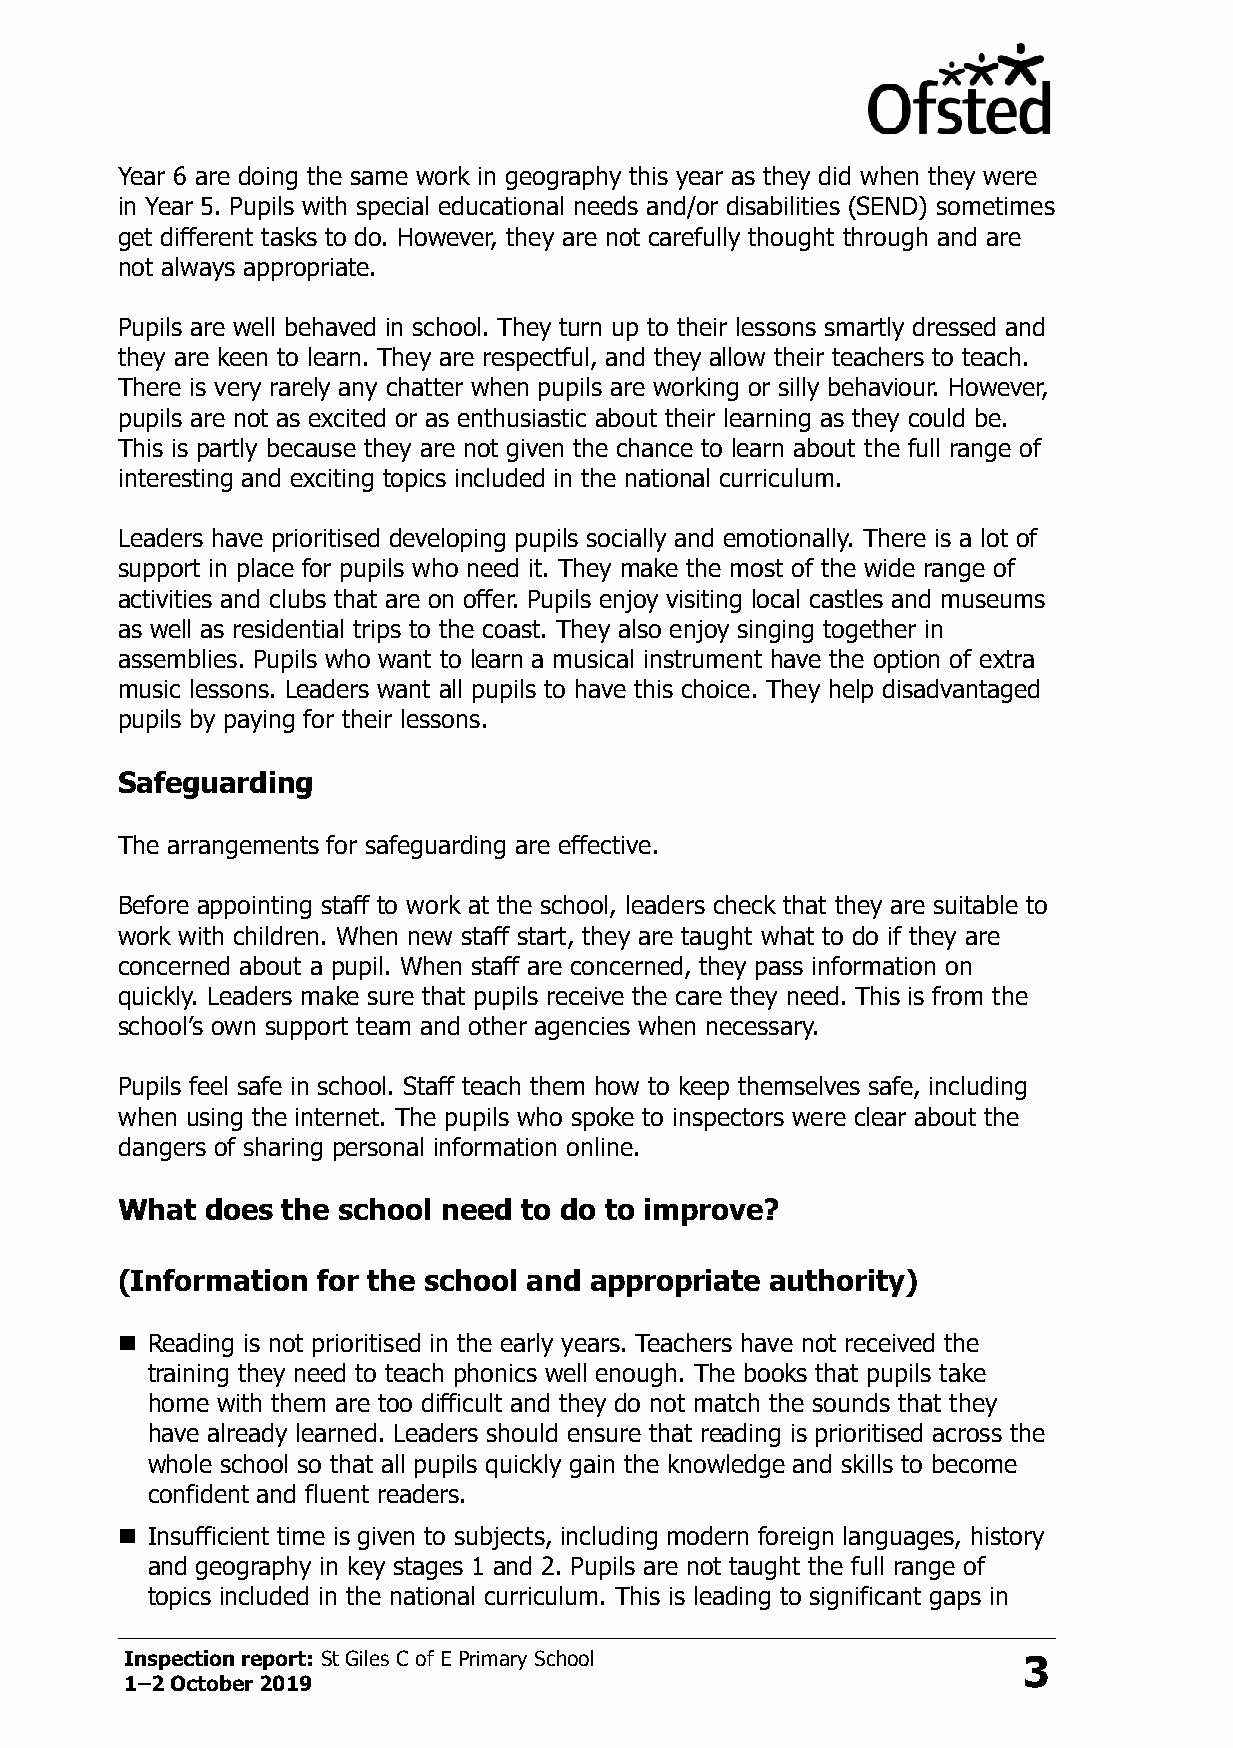
Year 6 are doing the same work in geography this year as they did when they were
 in Year 5. Pupils with special educational needs and/or disabilities (SEND) sometimes
 get different tasks to do. However, they are not carefully thought through and are
 not always appropriate.
 Pupils are well behaved in school. They turn up to their lessons smartly dressed and
 they are keen to learn. They are respectful, and they allow their teachers to teach.
 There is very rarely any chatter when pupils are working or silly behaviour. However,
 pupils are not as excited or as enthusiastic about their learning as they could be.
 This is partly because they are not given the chance to learn about the full range of
 interesting and exciting topics included in the national curriculum.
 Leaders have prioritised developing pupils socially and emotionally. There is a lot of
 support in place for pupils who need it. They make the most of the wide range of
 activities and clubs that are on offer. Pupils enjoy visiting local castles and museums
 as well as residential trips to the coast. They also enjoy singing together in
 assemblies. Pupils who want to learn a musical instrument have the option of extra
 music lessons. Leaders want all pupils to have this choice. They help disadvantaged
 pupils by paying for their lessons.
 Safeguarding
 The arrangements for safeguarding are effective.
 Before appointing staff to work at the school, leaders check that they are suitable to
 work with children. When new staff start, they are taught what to do if they are
 concerned about a pupil. When staff are concerned, they pass information on
 quickly. Leaders make sure that pupils receive the care they need. This is from the
 school’s own support team and other agencies when necessary.
 Pupils feel safe in school. Staff teach them how to keep themselves safe, including
 when using the internet. The pupils who spoke to inspectors were clear about the
 dangers of sharing personal information online.
 What  does the school need to do to improve?
 (Information for the school and appropriate authority)
 ◼ Reading is not prioritised in the early years. Teachers have not received the
 training they need to teach phonics well enough. The books that pupils take
 home with them are too difficult and they do not match the sounds that they
 have already learned. Leaders should ensure that reading is prioritised across the
 whole school so that all pupils quickly gain the knowledge and skills to become
 confident and fluent readers.
 ◼ Insufficient time is given to subjects, including modern foreign languages, history
 and geography in key stages 1 and 2. Pupils are not taught the full range of
 topics included in the national curriculum. This is leading to significant gaps in
 Inspection report: St Giles C of E Primary School           3
 1–2 October 2019